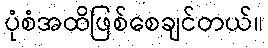
ပုံစံအထိဖြစ်စေချင်တယ်။